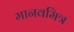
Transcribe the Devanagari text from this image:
मानवमित्र